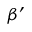
\beta ^ { \prime }